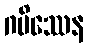
ဂမိဿေန